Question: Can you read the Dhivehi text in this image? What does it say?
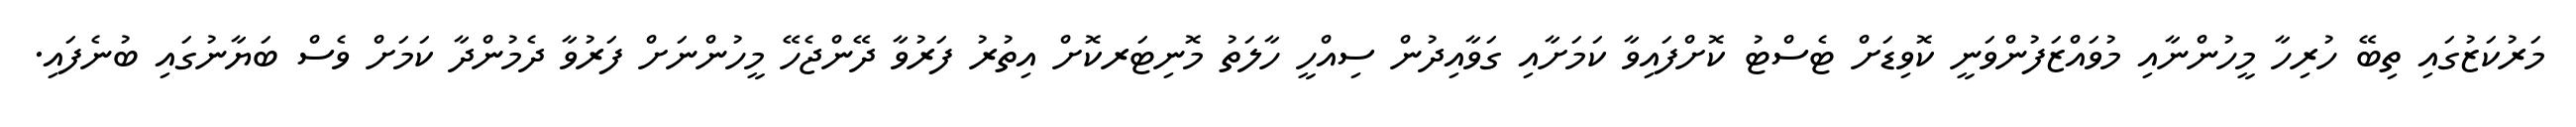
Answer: މަރުކަޒުގައި ތިބޭ ހުރިހާ މީހުންނާއި މުވައްޒަފުންވަނީ ކޮވިޑަށް ޓެސްޓު ކޮށްފައިވާ ކަމަށާއި ގަވާއިދުން ސިއްހީ ހާލަތު މޮނިޓަރކޮށް އިތުރު ފަރުވާ ދޭންޖެހޭ މީހުންނަށް ފަރުވާ ދެމުންދާ ކަމަށް ވެސް ބަޔާނުގައި ބުނެފައި.